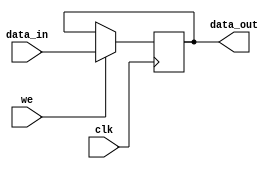
module can_register
( data_in,
  data_out,
  we,
  clk
);

parameter WIDTH = 8; // default parameter of the register width

input [WIDTH-1:0] data_in;
input             we;
input             clk;

output [WIDTH-1:0] data_out;
reg    [WIDTH-1:0] data_out;



always @ (posedge clk)
begin
  if (we)                        // write
    data_out<=#1 data_in;
end



endmodule